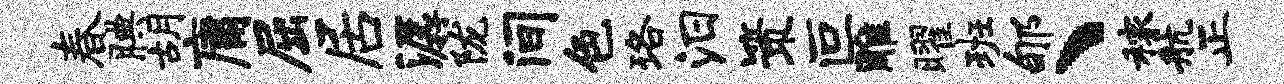
春腆胡庸屈居潺陇间色珞汨策叵雕曜班郇、稼航正